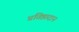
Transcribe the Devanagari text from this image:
प्रतिष्ठादान